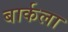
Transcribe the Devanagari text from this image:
बार्कला